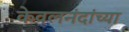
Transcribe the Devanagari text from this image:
केवलनंदांच्या